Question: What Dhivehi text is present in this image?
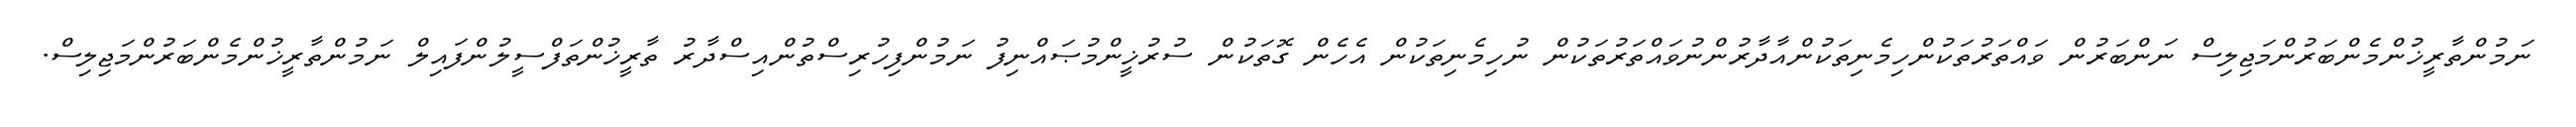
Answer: ނަމުންތާރީޚުންމެންބަރުންމަޖިލިސް ނަންބަރުން ވައްތަރުތަކުންހިމެނިތަކުންއާދާރުންނުވައްތަރުތަކުން ނުހިމެނިތަކުން އެހެން ގޮތަކުން ސުރުޚީންމުޞައްނިފު ނަމުންފިހުރިސްތުންއިސްދާރު ތާރީޚުންތަފްސީލުންފައިލް ނަމުންތާރީޚުންމެންބަރުންމަޖިލިސް.